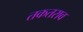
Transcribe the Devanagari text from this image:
तकतराव